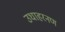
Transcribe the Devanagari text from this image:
उधाहरनण